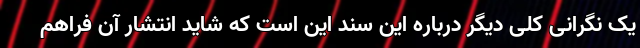
یک نگرانی کلی دیگر درباره این سند این است که شاید انتشار آن فراهم